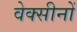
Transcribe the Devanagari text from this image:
वेक्सीनों